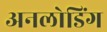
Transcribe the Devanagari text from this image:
अनलोडिंग